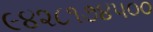
૯૪૨૮૧૭૪૫૦૦